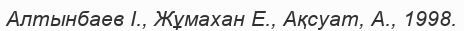
Алтынбаев І., Жұмахан Е., Ақсуат, А., 1998.